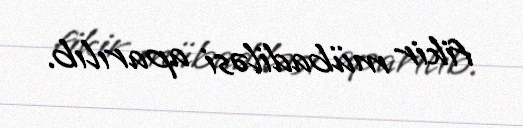
fikir mübadiləsi aparılıb.